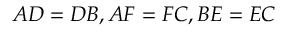
A D = D B , A F = F C , B E = E C